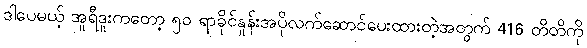
ဒါပေမယ့် အူရီဒူးကတော့ ၅၀ ရာခိုင်နှုန်းအပိုလက်ဆောင်ပေးထားတဲ့အတွက် 416 တိတိကို